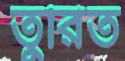
তুরিত